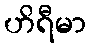
ဟိရီမာ